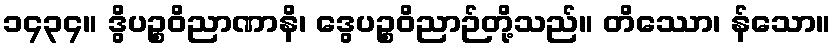
၁၄၃၄။ ဒွိပဉ္စဝိညာဏာနိ၊ ဒွေပဉ္စဝိညာဉ်တို့သည်။ တိဿော၊ န်သော။